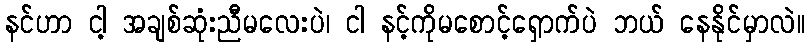
နင်ဟာ ငါ့ အချစ်ဆုံးညီမလေးပဲ၊ ငါ နင့်ကိုမစောင့်ရှောက်ပဲ ဘယ် နေနိုင်မှာလဲ။